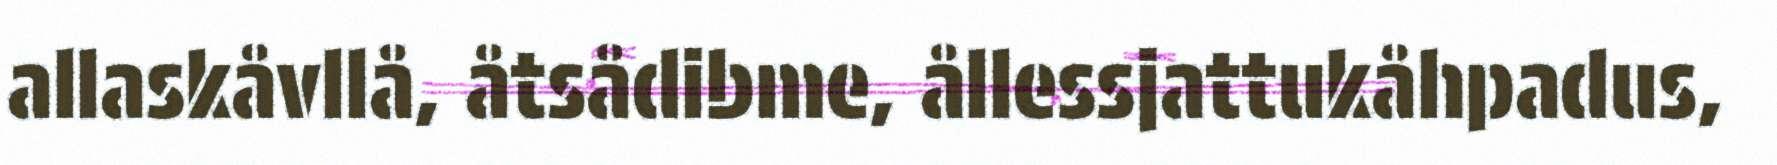
allaskåvllå, åtsådibme, ållessjattukåhpadus,